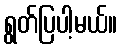
ရွတ်ပြပါ့မယ်။